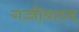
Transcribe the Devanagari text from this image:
गच्चीवरुन